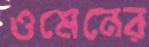
ওমেনের